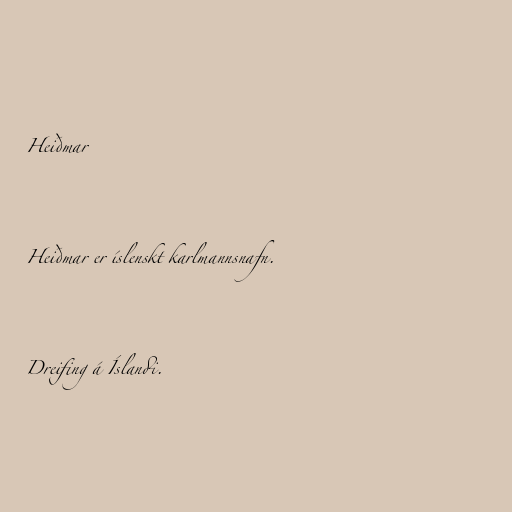
Heiðmar

Heiðmar er íslenskt karlmannsnafn.

Dreifing á Íslandi.